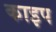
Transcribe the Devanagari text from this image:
काइप